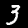
Label: 3